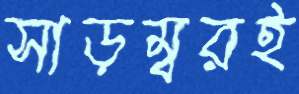
সাড়ম্বরই